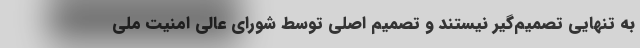
به تنهایی تصمیم‌گیر نیستند و تصمیم اصلی توسط شورای ‌عالی امنیت ملی